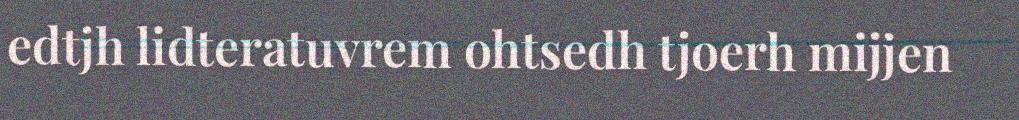
edtjh lidteratuvrem ohtsedh tjoerh mijjen